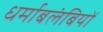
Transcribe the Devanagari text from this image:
धर्माबलंबियों